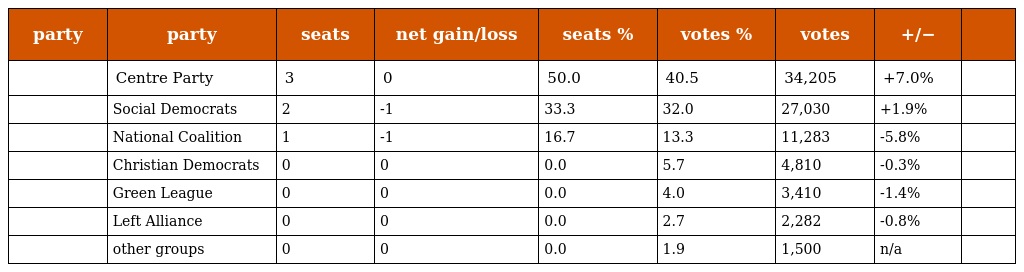
| party | party | seats | net gain/loss | seats % | votes % | votes | +/− |  |
 | --- | --- | --- | --- | --- | --- | --- | --- | --- |
 |  | Centre Party | 3 | 0 | 50.0 | 40.5 | 34,205 | +7.0% |  |
 |  | Social Democrats | 2 | -1 | 33.3 | 32.0 | 27,030 | +1.9% |  |
 |  | National Coalition | 1 | -1 | 16.7 | 13.3 | 11,283 | -5.8% |  |
 |  | Christian Democrats | 0 | 0 | 0.0 | 5.7 | 4,810 | -0.3% |  |
 |  | Green League | 0 | 0 | 0.0 | 4.0 | 3,410 | -1.4% |  |
 |  | Left Alliance | 0 | 0 | 0.0 | 2.7 | 2,282 | -0.8% |  |
 |  | other groups | 0 | 0 | 0.0 | 1.9 | 1,500 | n/a |  |